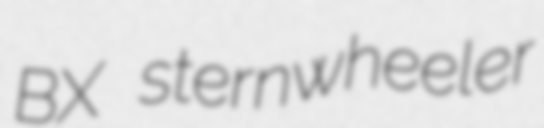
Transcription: BX sternwheeler